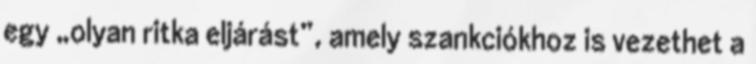
egy „olyan ritka eljárást”, amely szankciókhoz is vezethet a